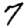
Digit: 7